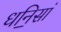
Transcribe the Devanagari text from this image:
धनि॒सां